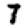
Digit: 7